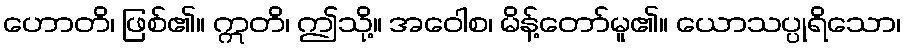
ဟောတိ၊ ဖြစ်၏။ ဣတိ၊ ဤသို့။ အဝေါစ၊ မိန့်တော်မူ၏။ ယောသပ္ပုရိသော၊